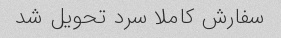
سفارش کاملا سرد تحویل شد